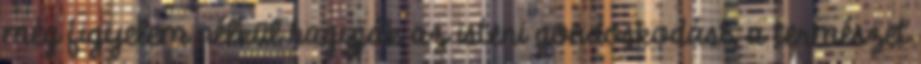
még figyelem nélkül hagyják az isteni gondoskodást, a természet